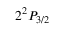
2 ^ { 2 } P _ { 3 / 2 }